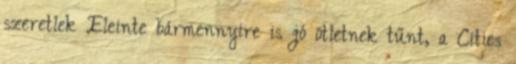
szeretlek Eleinte bármennyire is jó ötletnek tűnt, a Cities